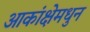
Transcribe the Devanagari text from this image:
आकांक्षेमधुन